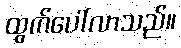
ထွက်ပေါ်လာသည်။